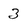
Character: 3